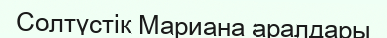
Солтүстік Мариана аралдары